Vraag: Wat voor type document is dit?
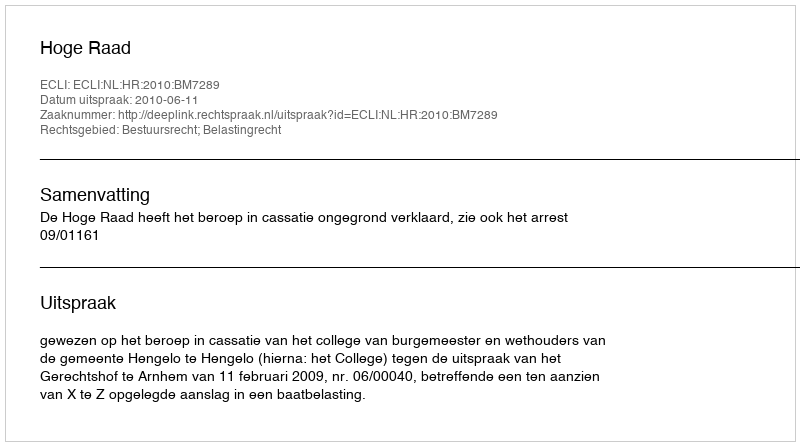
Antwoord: Uitspraak